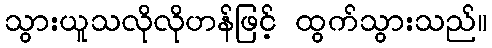
သွားယူသလိုလိုဟန်ဖြင့် ထွက်သွားသည်။